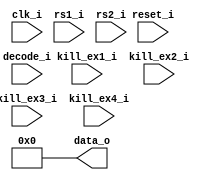
// This program was cloned from: https://github.com/NYU-MLDA/OpenABC
// License: BSD 3-Clause "New" or "Revised" License

module bp_be_pipe_fp
(
  clk_i,
  reset_i,
  kill_ex1_i,
  kill_ex2_i,
  kill_ex3_i,
  kill_ex4_i,
  decode_i,
  rs1_i,
  rs2_i,
  data_o
);

  input [50:0] decode_i;
  input [63:0] rs1_i;
  input [63:0] rs2_i;
  output [63:0] data_o;
  input clk_i;
  input reset_i;
  input kill_ex1_i;
  input kill_ex2_i;
  input kill_ex3_i;
  input kill_ex4_i;
  wire [63:0] data_o;
  assign data_o[0] = 1'b0;
  assign data_o[1] = 1'b0;
  assign data_o[2] = 1'b0;
  assign data_o[3] = 1'b0;
  assign data_o[4] = 1'b0;
  assign data_o[5] = 1'b0;
  assign data_o[6] = 1'b0;
  assign data_o[7] = 1'b0;
  assign data_o[8] = 1'b0;
  assign data_o[9] = 1'b0;
  assign data_o[10] = 1'b0;
  assign data_o[11] = 1'b0;
  assign data_o[12] = 1'b0;
  assign data_o[13] = 1'b0;
  assign data_o[14] = 1'b0;
  assign data_o[15] = 1'b0;
  assign data_o[16] = 1'b0;
  assign data_o[17] = 1'b0;
  assign data_o[18] = 1'b0;
  assign data_o[19] = 1'b0;
  assign data_o[20] = 1'b0;
  assign data_o[21] = 1'b0;
  assign data_o[22] = 1'b0;
  assign data_o[23] = 1'b0;
  assign data_o[24] = 1'b0;
  assign data_o[25] = 1'b0;
  assign data_o[26] = 1'b0;
  assign data_o[27] = 1'b0;
  assign data_o[28] = 1'b0;
  assign data_o[29] = 1'b0;
  assign data_o[30] = 1'b0;
  assign data_o[31] = 1'b0;
  assign data_o[32] = 1'b0;
  assign data_o[33] = 1'b0;
  assign data_o[34] = 1'b0;
  assign data_o[35] = 1'b0;
  assign data_o[36] = 1'b0;
  assign data_o[37] = 1'b0;
  assign data_o[38] = 1'b0;
  assign data_o[39] = 1'b0;
  assign data_o[40] = 1'b0;
  assign data_o[41] = 1'b0;
  assign data_o[42] = 1'b0;
  assign data_o[43] = 1'b0;
  assign data_o[44] = 1'b0;
  assign data_o[45] = 1'b0;
  assign data_o[46] = 1'b0;
  assign data_o[47] = 1'b0;
  assign data_o[48] = 1'b0;
  assign data_o[49] = 1'b0;
  assign data_o[50] = 1'b0;
  assign data_o[51] = 1'b0;
  assign data_o[52] = 1'b0;
  assign data_o[53] = 1'b0;
  assign data_o[54] = 1'b0;
  assign data_o[55] = 1'b0;
  assign data_o[56] = 1'b0;
  assign data_o[57] = 1'b0;
  assign data_o[58] = 1'b0;
  assign data_o[59] = 1'b0;
  assign data_o[60] = 1'b0;
  assign data_o[61] = 1'b0;
  assign data_o[62] = 1'b0;
  assign data_o[63] = 1'b0;

endmodule